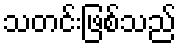
သတင်းဖြစ်သည်